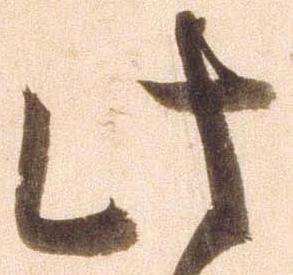
此